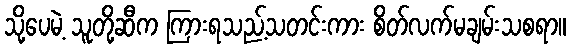
သို့ပေမဲ့ သူတို့ဆီက ကြားရသည့်သတင်းကား စိတ်လက်မချမ်းသစရာ။